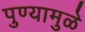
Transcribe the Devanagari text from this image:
पुण्यामुळे